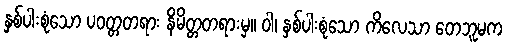
နှစ်ပါးစုံသော ပဝတ္တတရား နိမိတ္တတရားမှ။ ဝါ၊ နှစ်ပါးစုံသော ကိလေသာ တေဘူမက